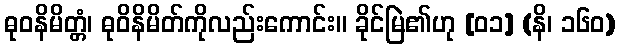
ဓုဝနိမိတ္တံ၊ ဓုဝိနိမိတ်ကိုလည်းကောင်း။ ခိုင်မြဲ၏ဟု [၀၁] (နိ၊ ၁၆၀)